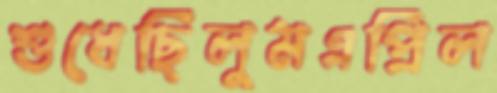
শুধেছিলুমএপ্রিল